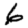
Digit: 6